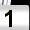
Digit: 1